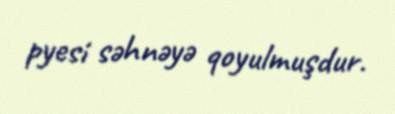
pyesi səhnəyə qoyulmuşdur.